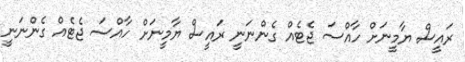
ރައީސް ޔާމީނަށް ހާއްސަ ޖެޓެއް ގެންނަނީ ރައީސް ޔާމީނަށް ހާއްސަ ޖެޓެއް ގެންނަނީ